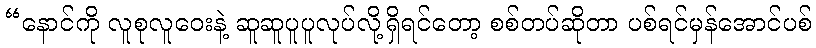
“နောင်ကို လူစုလူဝေးနဲ့ ဆူဆူပူပူလုပ်လို့ရှိရင်တော့ စစ်တပ်ဆိုတာ ပစ်ရင်မှန်အောင်ပစ်